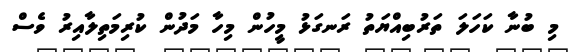
މި ބުނާ ކަހަލަ ތަރުބިއްޔަތު ރަނގަޅު މީހުން މިހާ މަދުން ކުރިމަތިލާއިރު ވެސް